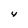
Character: y